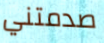
صدمتني